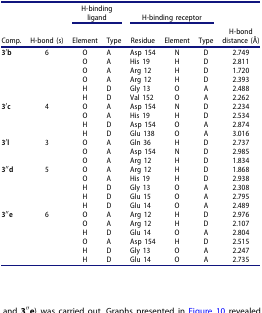
|  |  | <COLSPAN=2> H-binding ligand | <COLSPAN=3> H-binding receptor |  |
 | Comp. | H-bond (s) | Element | Type | Residue | Element | Type | H-bond distance (Å) |
 | --- | --- | --- | --- | --- | --- | --- | --- |
 | <ROWSPAN=6> 3′b | <ROWSPAN=6> 6 | O | A | Asp 154 | N | D | 2.749 |
 | O | A | His 19 | H | D | 2.811 |
 | O | A | Arg 12 | H | D | 1.720 |
 | O | A | Arg 12 | H | D | 2.393 |
 | H | D | Gly 13 | O | A | 2.488 |
 | H | D | Val 152 | O | A | 2.262 |
 | <ROWSPAN=4> 3′c | <ROWSPAN=4> 4 | O | A | Asp 154 | N | D | 2.234 |
 | O | A | His 19 | H | D | 2.534 |
 | H | D | Asp 154 | O | A | 2.874 |
 | H | D | Glu 138 | O | A | 3.016 |
 | <ROWSPAN=3> 3′l | <ROWSPAN=3> 3 | O | A | Gln 36 | H | D | 2.737 |
 | O | A | Asp 154 | N | D | 2.985 |
 | O | A | Arg 12 | H | D | 1.834 |
 | <ROWSPAN=5> 3′′d | <ROWSPAN=5> 5 | O | A | Arg 12 | H | D | 1.868 |
 | O | A | His 19 | H | D | 2.938 |
 | H | D | Gly 13 | O | A | 2.308 |
 | H | D | Glu 15 | O | A | 2.795 |
 | H | D | Glu 14 | O | A | 2.489 |
 | <ROWSPAN=6> 3′′e | <ROWSPAN=6> 6 | O | A | Arg 12 | H | D | 2.976 |
 | O | A | Arg 12 | H | D | 2.107 |
 | H | D | Glu 14 | O | A | 2.804 |
 | O | A | Asp 154 | H | D | 2.515 |
 | H | D | Gly 13 | O | A | 2.247 |
 | H | D | Glu 14 | O | A | 2.735 |